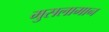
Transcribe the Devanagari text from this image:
मुसलामान